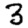
Digit: 3